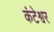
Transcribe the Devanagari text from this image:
कंटेश्वर